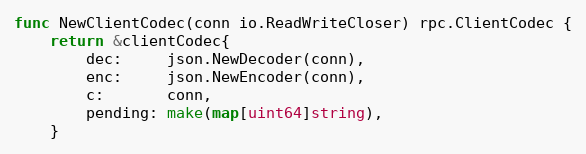
Language: Go
func NewClientCodec(conn io.ReadWriteCloser) rpc.ClientCodec {
	return &clientCodec{
		dec:     json.NewDecoder(conn),
		enc:     json.NewEncoder(conn),
		c:       conn,
		pending: make(map[uint64]string),
	}